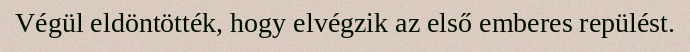
Végül eldöntötték, hogy elvégzik az első emberes repülést.